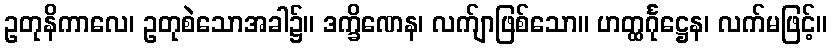
ဥတုနိကာလေ၊ ဥတုစဲသောအခါ၌။ ဒက္ခိဏေန၊ လက်ျာဖြစ်သော။ ဟတ္ထင်္ဂုဋ္ဌေန၊ လက်မဖြင့်။